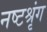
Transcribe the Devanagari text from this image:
नष्टश्रृंग